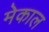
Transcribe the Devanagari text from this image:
मेकाल